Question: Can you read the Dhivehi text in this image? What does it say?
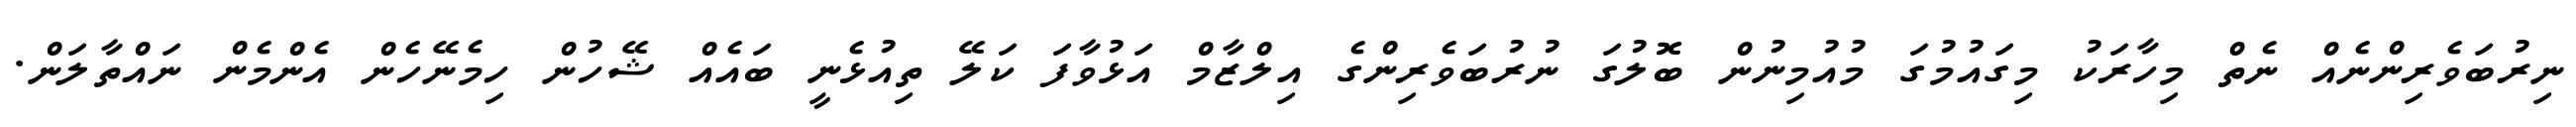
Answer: ނިރުބަވެރިންނެއް ނެތް މިހާރަކު މިގައުމުގަ މުއުމިނުން ބޮލުގަ ނުރުބަވެރިންގެ އިލްޒާމް އަޅުވާފަ ކަލޭ ތިއުޅެނީ ބައެއް ޝޭހުން ހިމެނޭހެން އެންމެން ނައްތާލަން.